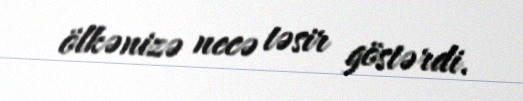
ölkənizə necə təsir göstərdi.